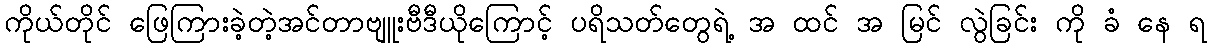
ကိုယ်တိုင် ဖြေကြားခဲ့တဲ့အင်တာဗျူးဗီဒီယိုကြောင့် ပရိသတ်တွေရဲ့ အ ထင် အ မြင် လွဲခြင်း ကို ခံ နေ ရ